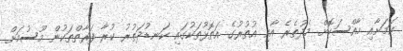
ކަމަށާއި ހާއްސަކޮށް މެދުތެރެ އާއި އުތުރުގެ އަތޮޅުތަކުގައި ކަނޑުދަތުރު ކުރާ ފަރާތްތަކުން މޫސުމަށް